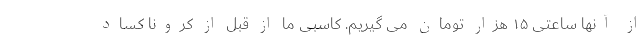
از آنها ساعتی ۱۵ هزار تومان می گیریم. کاسبی ما از قبل از کرونا کساد